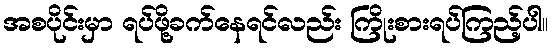
အစပိုင်းမှာ ရပ်ဖို့ခက်နေရင်လည်း ကြိုးစားရပ်ကြည့်ပါ။